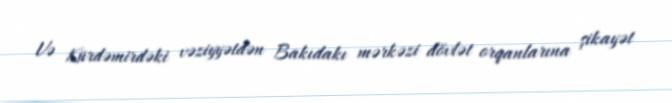
Və Kürdəmirdəki vəziyyətdən Bakıdakı mərkəzi dövlət orqanlarına şikayət